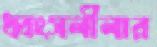
ধ্বংসলীলার